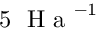
5 \ \textrm { H a } ^ { - 1 }